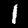
Label: 1